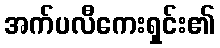
အက်ပလီကေးရှင်း၏